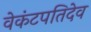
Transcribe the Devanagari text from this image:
वेकंटपतिदेव